65_HS1-834228961_62-HQ-83894_Section_2
Agency: FBI
Page 76
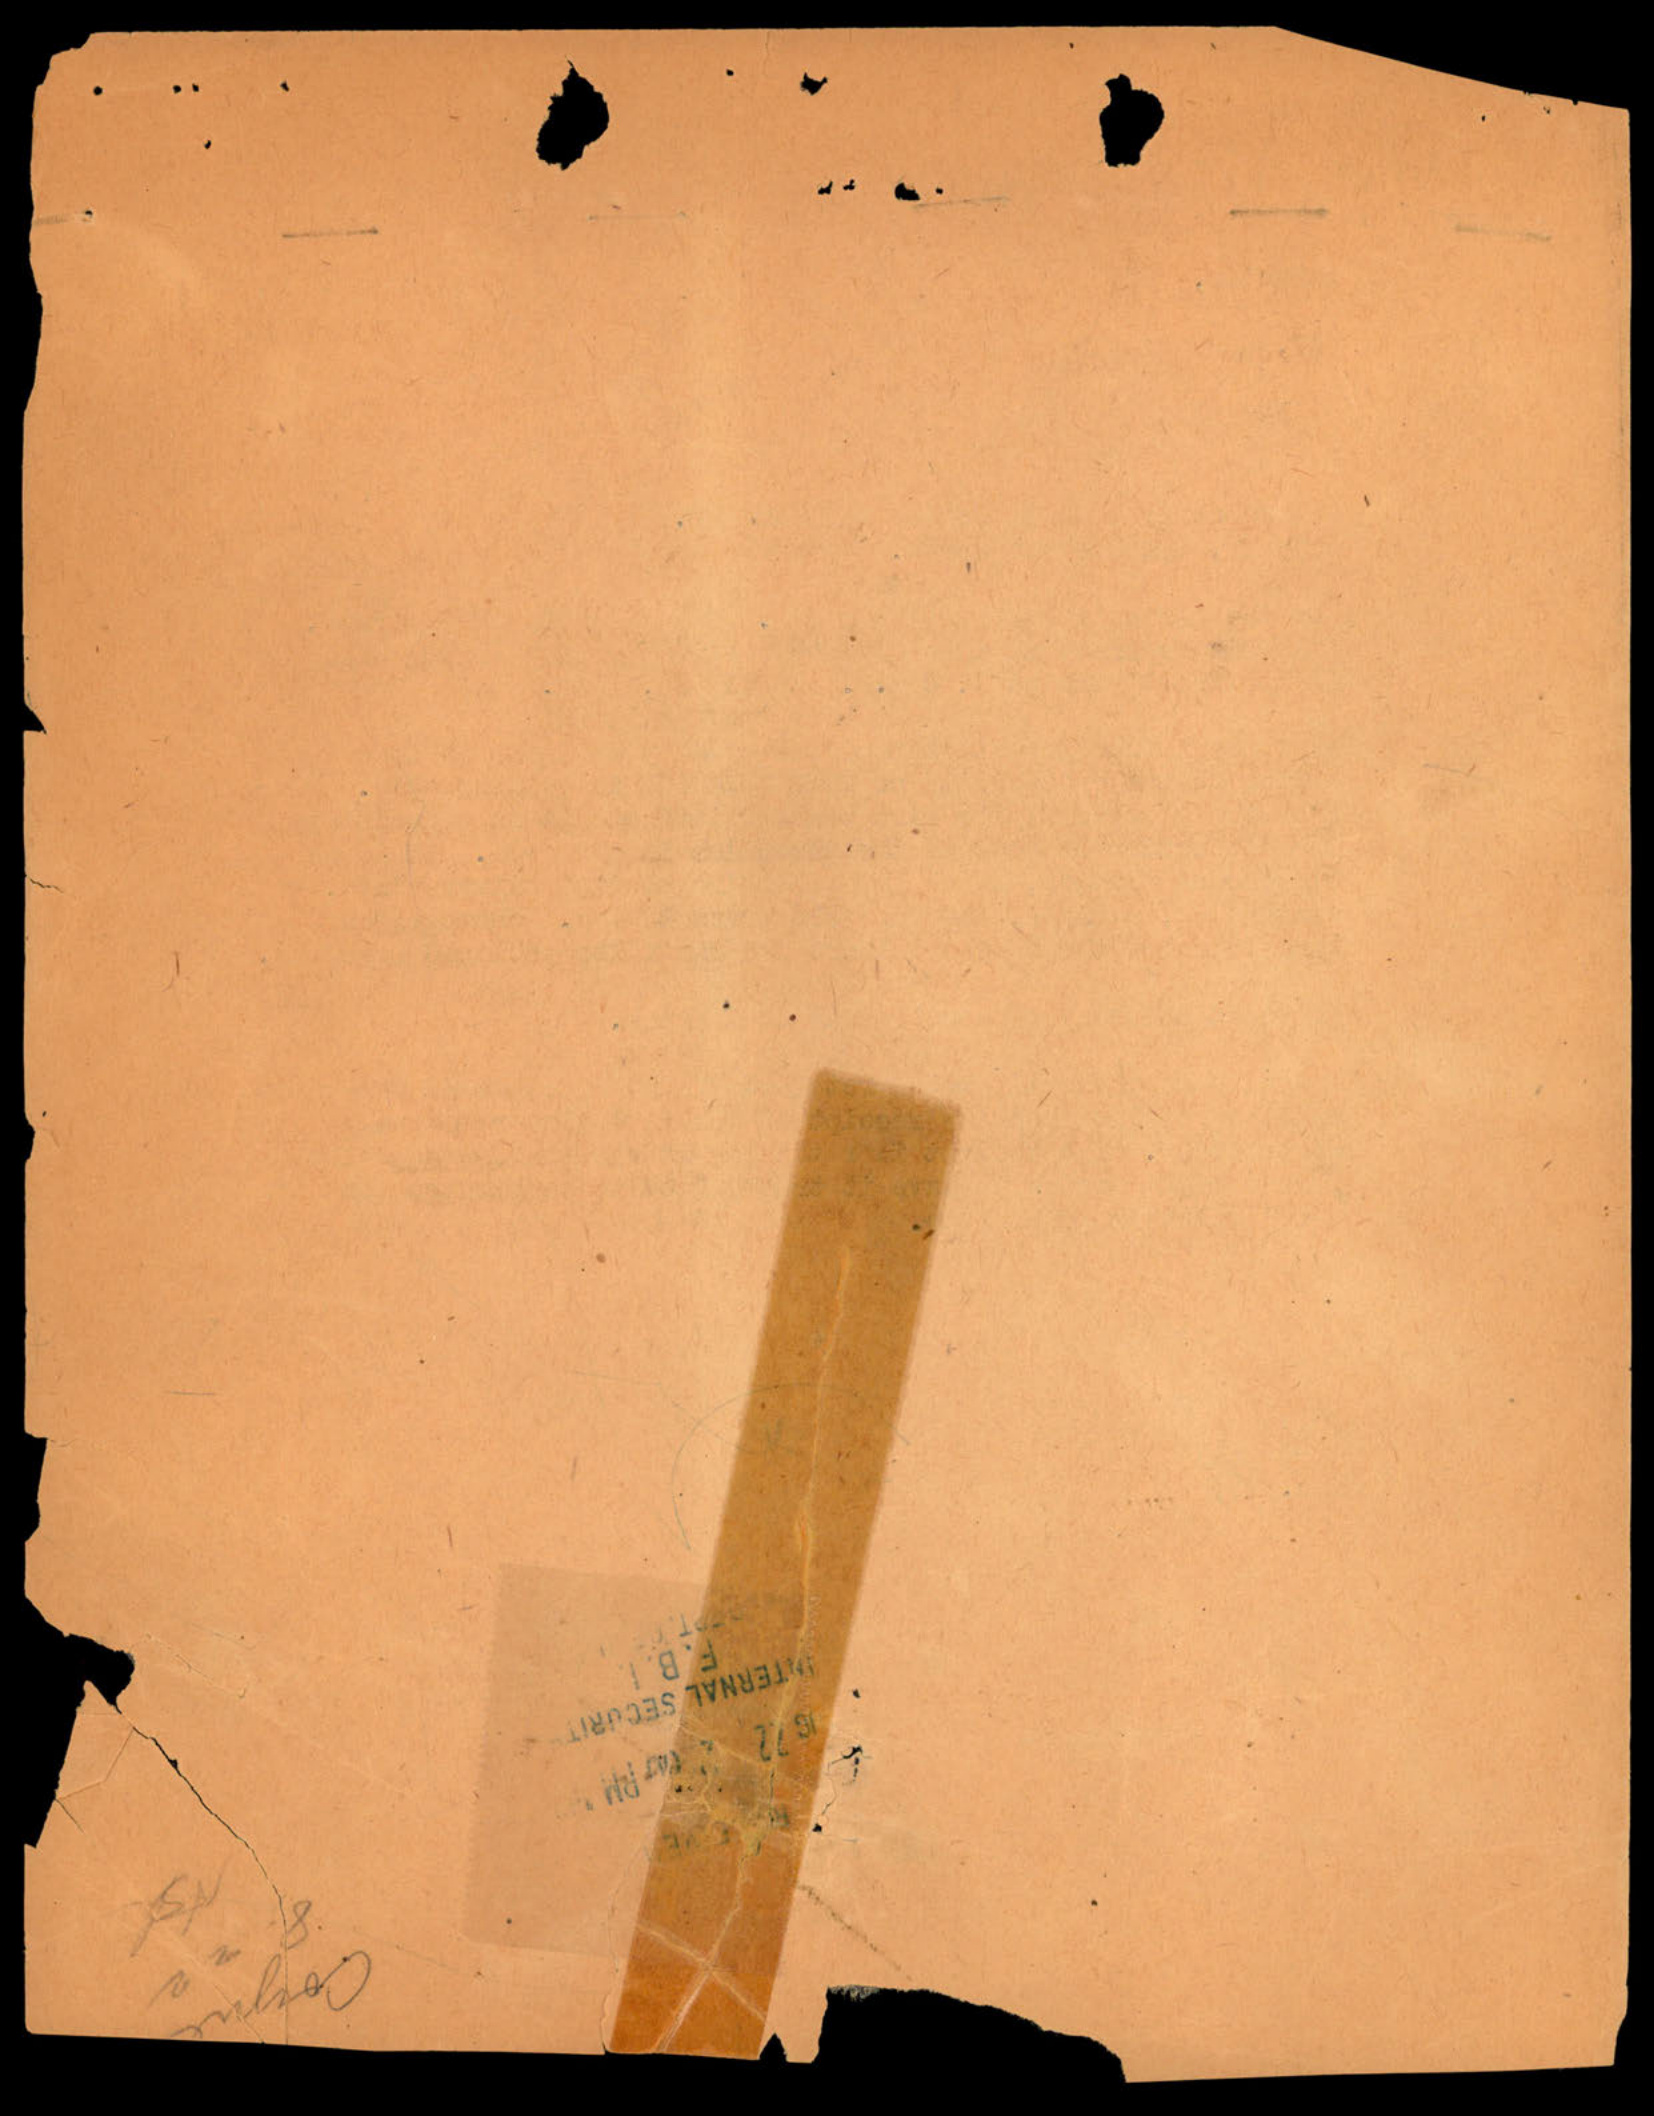